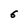
Character: 6